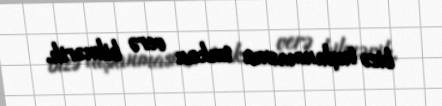
bizə tuşlanmasına imkan verə bilmərik.